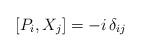
\begin{align*} [P_i, X_j] = -i \, \delta_{ij}\end{align*}